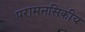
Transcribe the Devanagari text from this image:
परामनसिकीय